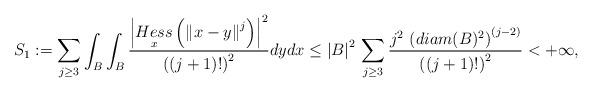
LaTeX: \begin{align*}S_{1} := \sum_{j \geq 3} \int_{B} \int_{B} \frac{\left\vert \underset{x}{Hess} \left( \left\Vert x - y \right\Vert^{j} \right) \right\vert^{2} }{ \left( (j+1)! \right)^{2}} dy dx \leq \left\vert B \right\vert^{2} \, \sum_{j \geq 3} \frac{j^{2} \, \left( diam(B)^{2}\right)^{(j-2)}}{ \left( (j+1)! \right)^{2}} < +\infty,\end{align*}